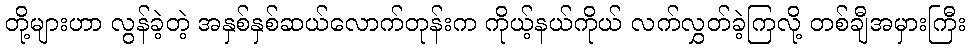
တို့များဟာ လွန်ခဲ့တဲ့ အနှစ်နှစ်ဆယ်လောက်တုန်းက ကိုယ့်နယ်ကိုယ် လက်လွှတ်ခဲ့ကြလို့ တစ်ချီအမှားကြီး